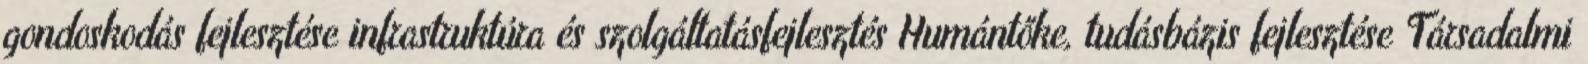
gondoskodás fejlesztése infrastruktúra és szolgáltatásfejlesztés Humántőke, tudásbázis fejlesztése Társadalmi